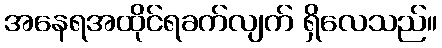
အနေရအထိုင်ရခက်လျက် ရှိလေသည်။